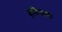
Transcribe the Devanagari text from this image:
हृष्टिवाद।